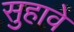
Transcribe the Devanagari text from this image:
सुहावे